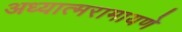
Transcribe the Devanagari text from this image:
अध्यात्मरामायणे